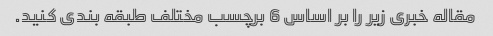
مقاله خبری زیر را بر اساس 6 برچسب مختلف طبقه بندی کنید.